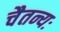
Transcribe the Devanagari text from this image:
चैतन्यः